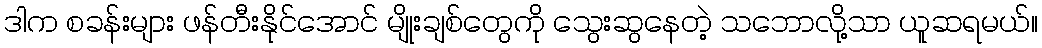
ဒါက စခန်းများ ဖန်တီးနိုင်အောင် မျိုးချစ်တွေကို သွေးဆွနေတဲ့ သဘောလို့သာ ယူဆရမယ်။